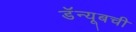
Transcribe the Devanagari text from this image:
डॅन्यूबची